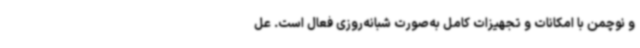
و نوچمن با امکانات و تجهیزات کامل به‌صورت شبانه‌روزی فعال است. عل